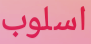
اسلوب